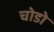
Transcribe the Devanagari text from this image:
चोडो